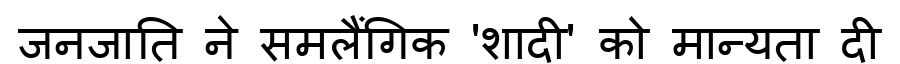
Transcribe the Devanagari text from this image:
जनजाति ने समलैंगिक 'शादी' को मान्यता दी